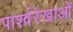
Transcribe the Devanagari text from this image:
पार्श्वरेखाओं